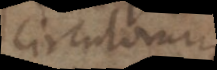
circulorum